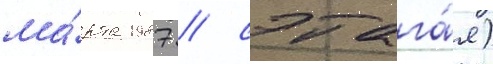
ма́рта 1987 / сэтага́я)